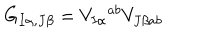
G _ { I \alpha , J \beta } = V _ { I \alpha } { } ^ { a b } V _ { J \beta a b }